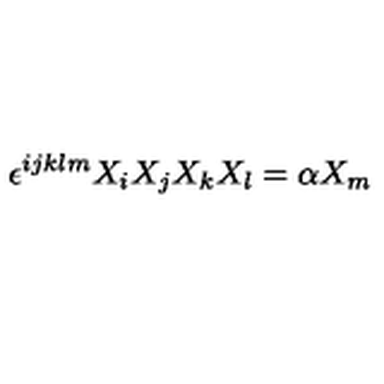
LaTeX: \epsilon ^ { i j k l m } X _ { i } X _ { j } X _ { k } X _ { l } = \alpha X _ { m }